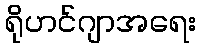
ရိုဟင်ဂျာအရေး